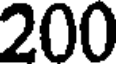
200